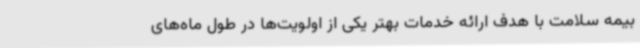
بیمه سلامت با هدف ارائه خدمات بهتر یکی از اولویت‌ها در طول ماه‌های